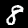
Digit: 8